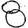
Digit: 8